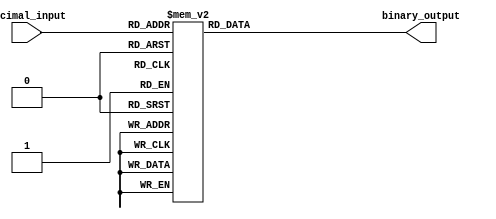
module decimal_priority_encoder (
    input [3:0] decimal_input,
    output reg [2:0] binary_output
);

always @ (*) begin
    case (decimal_input)
        4'b0000: binary_output = 3'b000;
        4'b0001: binary_output = 3'b000;
        4'b0010: binary_output = 3'b001;
        4'b0011: binary_output = 3'b001;
        4'b0100: binary_output = 3'b010;
        4'b0101: binary_output = 3'b010;
        4'b0110: binary_output = 3'b011;
        4'b0111: binary_output = 3'b011;
        4'b1000: binary_output = 3'b100;
        4'b1001: binary_output = 3'b100;
        default: binary_output = 3'b000;
    endcase
end

endmodule